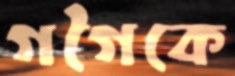
গগৈকে